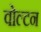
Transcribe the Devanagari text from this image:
वोल्टन